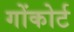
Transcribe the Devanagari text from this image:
गोंकोर्ट